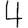
Digit: 4